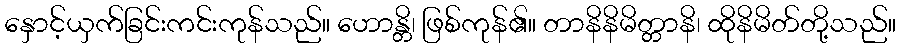
နှောင့်ယှက်ခြင်းကင်းကုန်သည်။ ဟောန္တိ၊ ဖြစ်ကုန်၏။ တာနိနိမိတ္တာနိ၊ ထိုနိမိတ်တို့သည်။